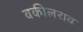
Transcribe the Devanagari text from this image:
वकीलराव